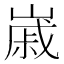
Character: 𡻷